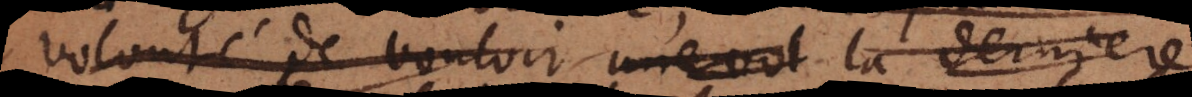
volonté de vouloir une vol la derniere